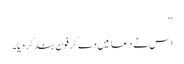
‘‘
اس نے دعائیں دے کر فون بند کر دیا۔